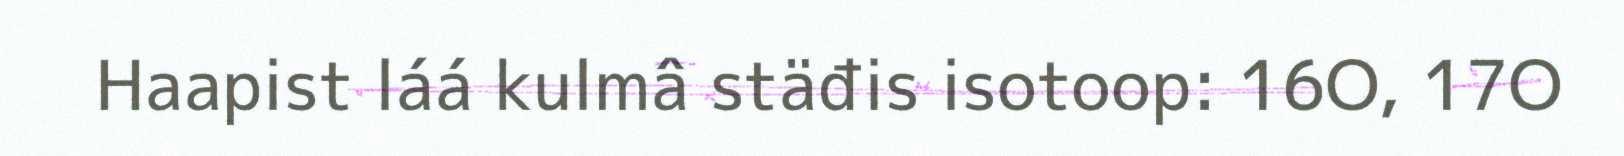
Haapist láá kulmâ stäđis isotoop: 16O, 17O